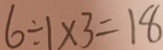
6 \div 1 \times 3 = 1 8